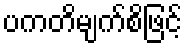
ပကတိမျက်စိဖြင့်